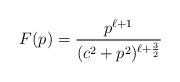
LaTeX: \begin{align*}F(p)={p^{\ell+1} \over (c^2+p^2)^{\ell+{3 \over2}}}\end{align*}